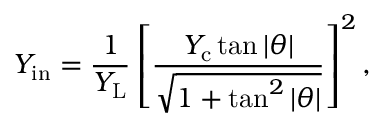
Y _ { \mathrm { i n } } = \frac { 1 } { Y _ { \mathrm { L } } } \left[ \frac { Y _ { \mathrm { c } } \tan | \theta | } { \sqrt { 1 + \tan ^ { 2 } | \theta | } } \right] ^ { 2 } ,